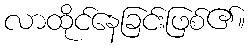
လာထိုင်နေခြင်းဖြစ်၏။